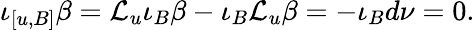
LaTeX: \iota_{[u,B]}\beta=\mathcal{L}_{u}\iota_{B}\beta-\iota_{B}\mathcal{L}_{u}\beta=-\iota_{B}d\nu=0.